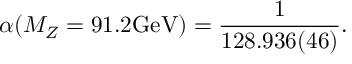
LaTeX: \alpha ( M _ { Z } = 9 1 . 2 \mathrm { G e V } ) = \frac 1 { 1 2 8 . 9 3 6 ( 4 6 ) } .